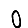
Digit: 0